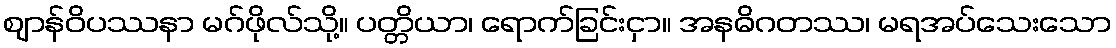
ဈာန်ဝိပဿနာ မဂ်ဖိုလ်သို့။ ပတ္တိယာ၊ ရောက်ခြင်းငှာ။ အနဓိဂတဿ၊ မရအပ်သေးသော